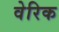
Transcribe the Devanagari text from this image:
वेरिक